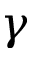
\gamma